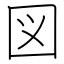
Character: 図